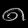
Digit: ၈